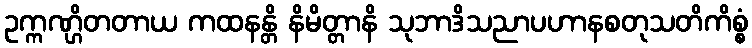
ဥက္ကဏ္ဌိတတာယ ကထနန္တိ နိမိတ္တာနိ သုဘာဒိသညာပဟာနစတုသတိကိစ္စံ